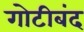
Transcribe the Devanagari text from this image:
गोटीबंद